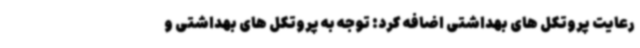
رعایت پروتکل های بهداشتی اضافه کرد: توجه به پروتکل های بهداشتی و